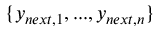
\{ y _ { n e x t , 1 } , . . . , y _ { n e x t , n } \}